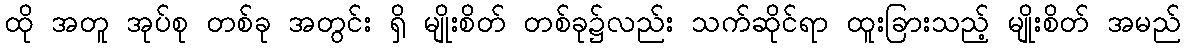
ထို အတူ အုပ်စု တစ်ခု အတွင်း ရှိ မျိုးစိတ် တစ်ခု၌လည်း သက်ဆိုင်ရာ ထူးခြားသည့် မျိုးစိတ် အမည်